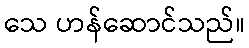
သေ ဟန်ဆောင်သည်။